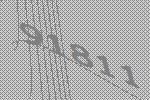
91811